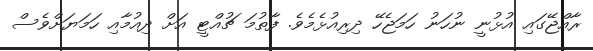
ރާއްޖޭގައި އުޅުނީ ނުހަނު ހަމަޖެހޭ ދިރިއުޅެމެވެ. ފާތުމަ ޗުއްޓީ އަށް ދިއުމާއި ހަމަޔަށްވެސް